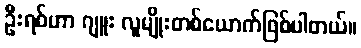
ဦးရစ်ဟာ ဂျူး လူမျိုးတစ်ယောက်ဖြစ်ပါတယ်။